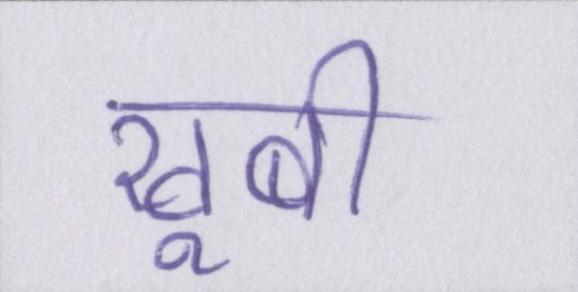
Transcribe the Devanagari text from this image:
खूबी